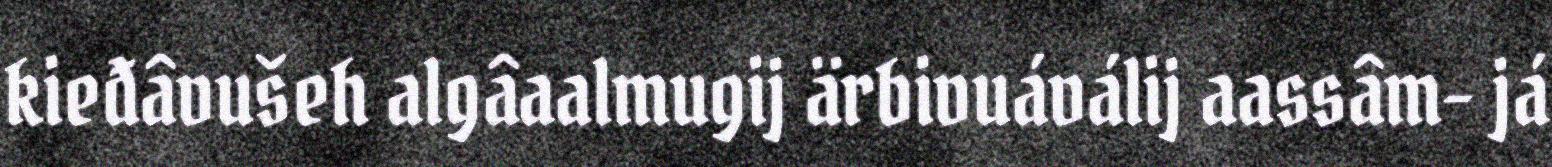
kieđâvušeh algâaalmugij ärbivuáválij aassâm- já